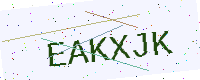
Text: EAKXJK